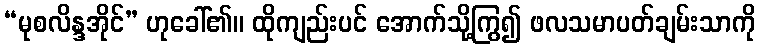
“မုစလိန္ဒအိုင်” ဟုခေါ်၏။ ထိုကျည်းပင် အောက်သို့ကြွ၍ ဖလသမာပတ်ချမ်းသာကို